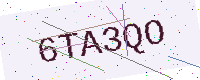
Text: 6TA3QO